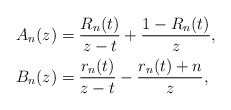
\begin{align*}\begin{aligned}A_{n}(z)&=\frac{R_{n}(t)}{z-t}+\frac{1-R_{n}(t)}{z},\\B_{n}(z)&=\frac{r_{n}(t)}{z-t}-\frac{r_{n}(t)+n}{z},\end{aligned}\end{align*}